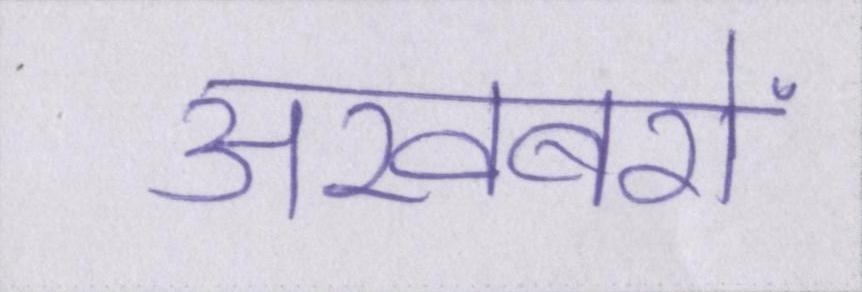
अखबरों